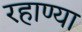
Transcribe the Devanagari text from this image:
रहाण्या